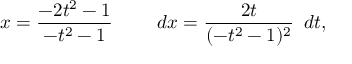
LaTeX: x = { \frac { - 2 t ^ { 2 } - 1 } { - t ^ { 2 } - 1 } } \qquad \ d x = { \frac { 2 t } { ( - t ^ { 2 } - 1 ) ^ { 2 } } } \, \ d t ,